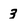
Character: 3